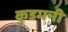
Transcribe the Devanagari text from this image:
कुडमनी